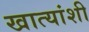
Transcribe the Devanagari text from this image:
खात्यांशी